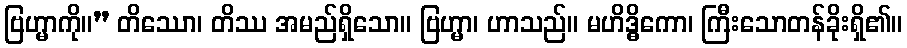
ဗြဟ္မာကို။” တိဿော၊ တိဿ အမည်ရှိသော။ ဗြဟ္မာ၊ ဟာသည်။ မဟိဒ္ဓိကော၊ ကြီးသောတန်ခိုးရှိ၏။